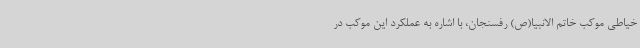
خیاطی موکب خاتم الانبیا(ص) رفسنجان، با اشاره به عملکرد این موکب در